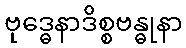
ဗုဒ္ဓေနာဒိစ္စဗန္ဓုနာ